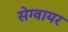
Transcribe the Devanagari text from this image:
सेग्वायर